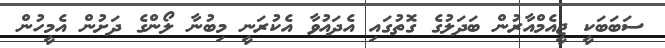
ސަބަބަކީ ޖީއެމްއާރުން ބަދަލުގެ ގޮތުގައި އެދައުވާ އެކުރަނީ މިބުނާ ލޯންގެ ދަށުން އެމީހުން